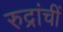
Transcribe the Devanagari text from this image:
रुद्रांचीं